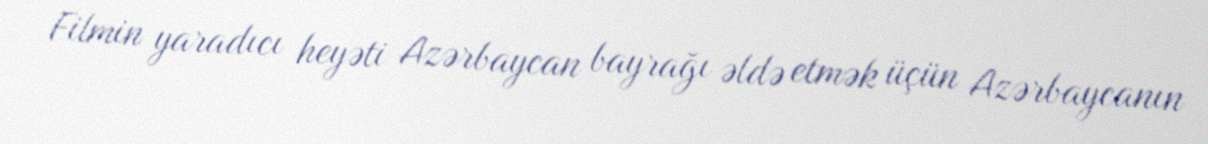
Filmin yaradıcı heyəti Azərbaycan bayrağı əldə etmək üçün Azərbaycanın